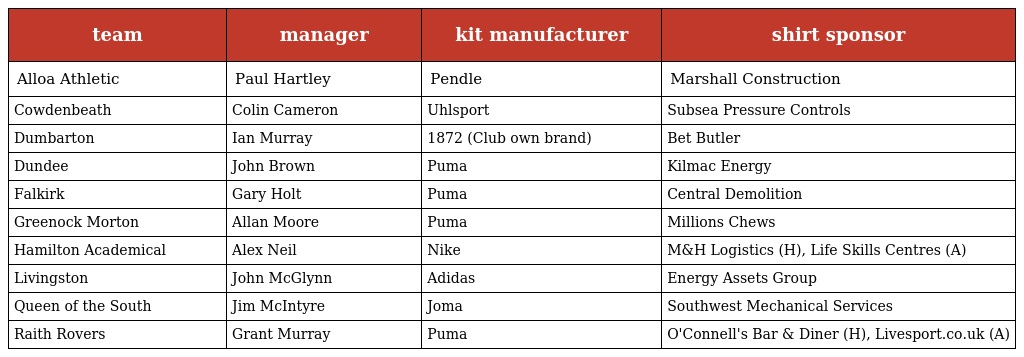
| team | manager | kit manufacturer | shirt sponsor |
 | --- | --- | --- | --- |
 | Alloa Athletic | Paul Hartley | Pendle | Marshall Construction |
 | Cowdenbeath | Colin Cameron | Uhlsport | Subsea Pressure Controls |
 | Dumbarton | Ian Murray | 1872 (Club own brand) | Bet Butler |
 | Dundee | John Brown | Puma | Kilmac Energy |
 | Falkirk | Gary Holt | Puma | Central Demolition |
 | Greenock Morton | Allan Moore | Puma | Millions Chews |
 | Hamilton Academical | Alex Neil | Nike | M&H Logistics (H), Life Skills Centres (A) |
 | Livingston | John McGlynn | Adidas | Energy Assets Group |
 | Queen of the South | Jim McIntyre | Joma | Southwest Mechanical Services |
 | Raith Rovers | Grant Murray | Puma | O'Connell's Bar & Diner (H), Livesport.co.uk (A) |